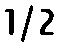
1/2